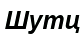
Шутц